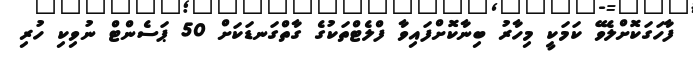
ފާހަގަކޮށްލެވޭ ކަމަކީ މިހާރު ބިނާކޮށްފައިވާ ފްލެޓްތަކުގެ ގާތްގަނޑަކަށް 50 ޕަސެންޓް ނުވިކި ހުރި